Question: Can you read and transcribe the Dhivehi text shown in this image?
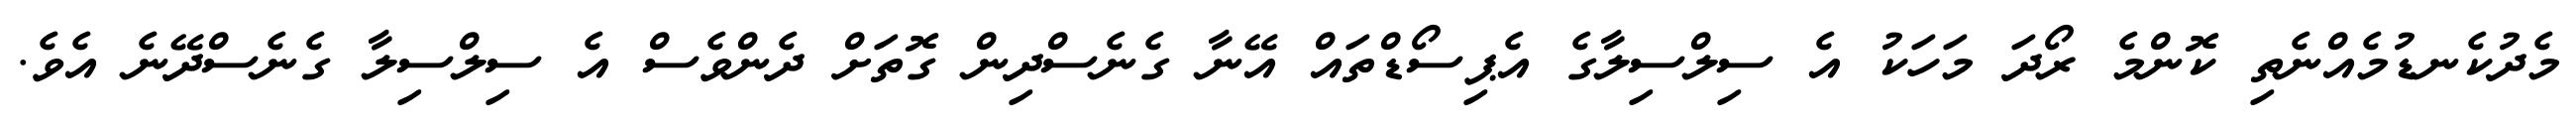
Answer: މެދުކެނޑުމެއްނެތި ކޮންމެ ރޯދަ މަހަކު އެ ސިލްސިލާގެ އެޕިސޯޑްތައް އޭނާ ގެނެސްދިން ގޮތަށް ދެންވެސް އެ ސިލްސިލާ ގެނެސްދޭނެ އެވެ.